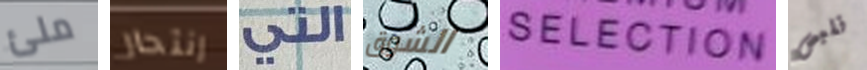
ملئ إنتحار التي الشوق SELECTION نلبس